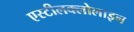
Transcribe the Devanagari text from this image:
एस्टीलक्लोलाइन